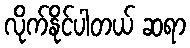
လိုက်နိုင်ပါတယ် ဆရာ